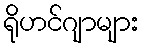
ရိုဟင်ဂျာများ